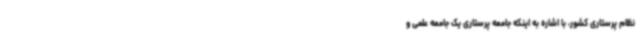
نظام پرستاری کشور، با اشاره به اینکه جامعه پرستاری یک جامعه علمی و